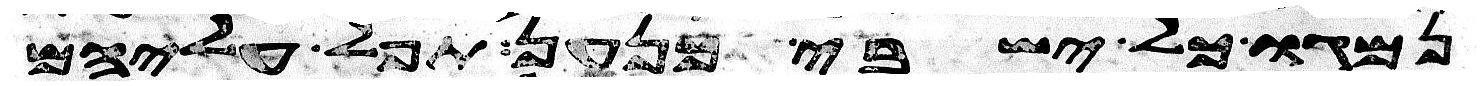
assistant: נמגו כל ישבי כנען תפל עליהם